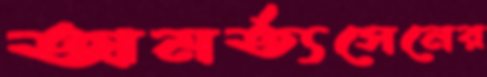
অমর্ত্যসেনের